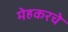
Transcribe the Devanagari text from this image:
मेहकरचे